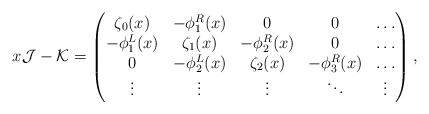
\begin{align*}x\mathcal{J}-\mathcal{K} = \begin{pmatrix}\zeta_{0}(x) &-\phi_{1}^{R}(x) & 0 & 0 & \ldots \\-\phi_{1}^{L}(x) & \zeta_{1}(x) & -\phi_{2}^{R}(x) & 0 & \ldots \\0 & -\phi_{2}^{L}(x) & \zeta_{2}(x) & -\phi_{3}^{R}(x) & \ldots \\\vdots& \vdots & \vdots & \ddots & \vdots\end{pmatrix},\end{align*}